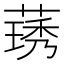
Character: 𬝽